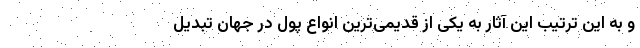
و به این ترتیب این آثار به یکی از قدیمی‌ترین انواع پول در جهان تبدیل